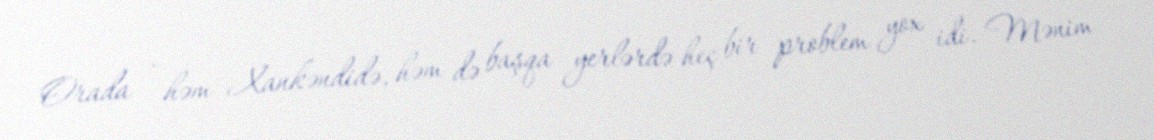
Orada - həm Xankəndidə, həm də başqa yerlərdə heç bir problem yox idi. Mənim